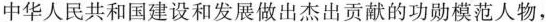
中华人民共和国建设和发展做出杰出贡献的功勋模范人物，